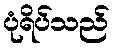
ပုံရိပ်သည်